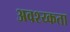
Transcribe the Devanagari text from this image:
अवश्य्कता